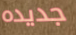
جديده